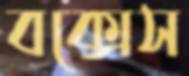
বক্সেস